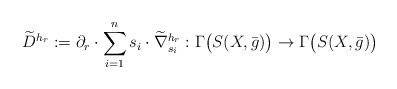
\begin{align*} \widetilde{D}^{h_r}:=\partial_r\cdot\sum_{i=1}^n s_i\cdot\widetilde{\nabla}_{s_i}^{h_r} :\Gamma\big(S(X,\bar{g})\big)\to \Gamma\big(S(X,\bar{g})\big) \end{align*}